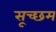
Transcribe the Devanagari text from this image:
सूच्‍छम